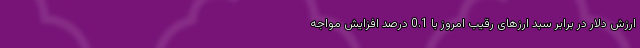
ارزش دلار در برابر سبد ارزهای رقیب امروز با 0.1 درصد افزایش مواجه